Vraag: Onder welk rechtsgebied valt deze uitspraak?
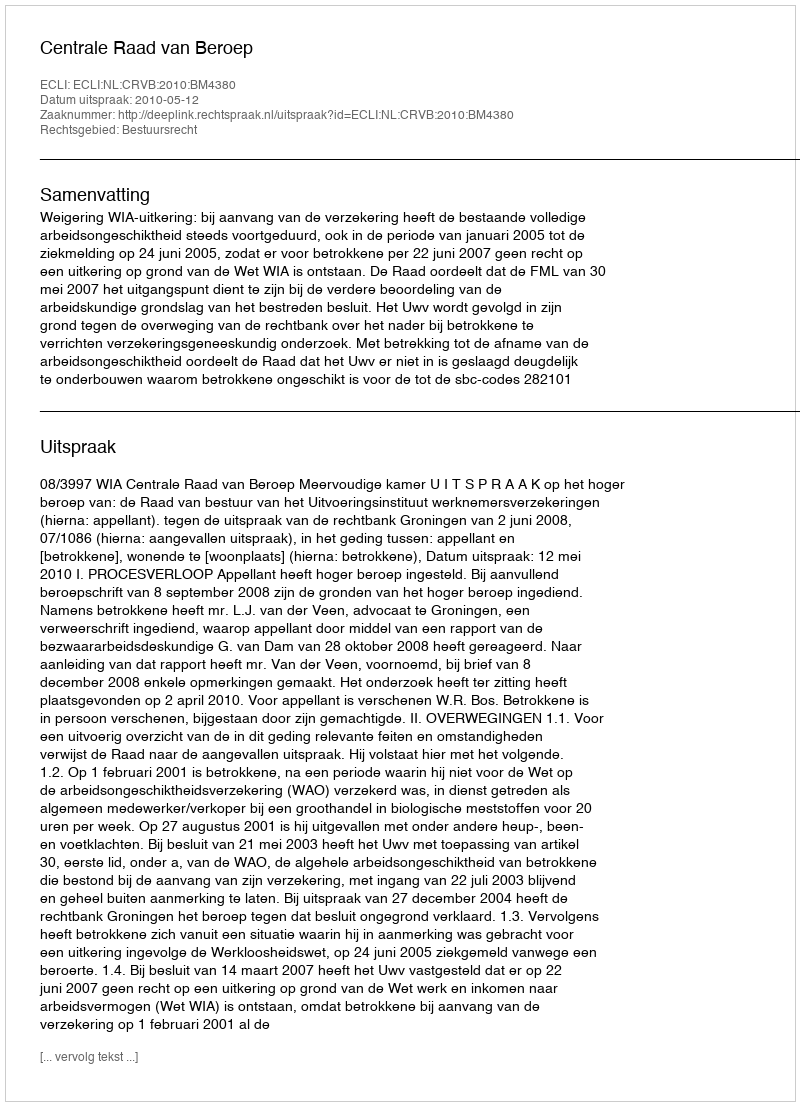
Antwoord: Bestuursrecht